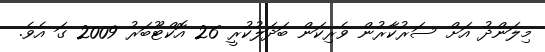
މިލަންދު އަށް ސަރުކާރުން ވެރިކަން ބަދަލުކުރީ 26 އޮކްޓޫބަރު 2009 ގަ އެވެ.